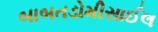
બાબતડોમીસાઈલ